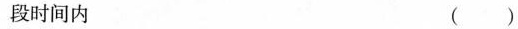
段时间内 （）